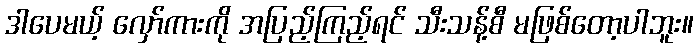
ဒါပေမယ့် လှော်ကားကို အပြည့်ကြည့်ရင် သီးသန့်စီ မဖြစ်တော့ပါဘူး။